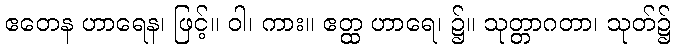
ဧတေန ဟာရေန၊ ဖြင့်။ ဝါ၊ ကား။ ဧတ္ထ ဟာရေ၊ ၌။ သုတ္တာဂတာ၊ သုတ်၌